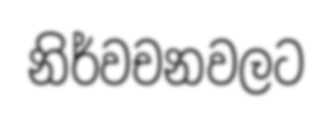
නිර්වචනවලට